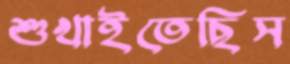
শুখাইতেছিস